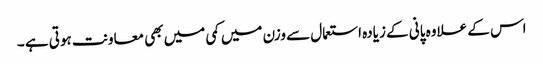
اس کے علاوہ پانی کے زیادہ استعمال سے وزن میں کمی میں بھی معاونت ہوتی ہے ۔